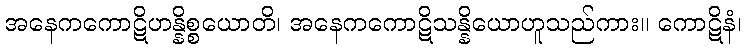
အနေကကောဋိဟန္နိစ္စယောတိ၊ အနေကကောဋိသန္နိယောဟူသည်ကား။ ကောဋိနံ၊